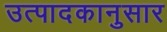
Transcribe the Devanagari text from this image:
उत्पादकानुसार